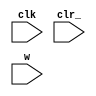
module elevatorfsm(clk, clr_, w);

    input clk, clr_;

    // The input for floors, is a 3 bit input
    input [2:0] w;

    // Represents current and new states
    reg [2:0] y, Y;

    // Each of our states for the floors of elevator
    // Ground Floor, Floor 2, Floor 3, Floor 4
    localparam A=3'b001, B=3'b010, C=3'b011, D=3'b100;
    always @(w,y)
        case (y)
            A: if (w == A) Y = A;
               else if (w == B)
                    begin
                        stop = 1'b0;
                        direction = 1'b1;
                        start = 1'b1;
                        if (count == 4'b0011)
                            begin
                                stop = 1'b1;
                                start = 1'b0;
                                Y = B;
                            end
                    end
                else if (w == C) Y = C;
                else Y = D;
            B: if (w == A) Y = A;
               else if (w == B) Y = B;
               else if (w == C) Y = C;
               else Y = D;
            C: if (w == A) Y = A;
               else if (w == B) Y = B;
               else if (w == C) Y = C;
               else Y = D;
            D: if (w == A) Y = A;
               else if (w == B) Y = B;
               else if (w == C) Y = C;
               else Y = D;
            default: Y = A;
    endcase

always @(negedge SW[3],  posedge CLOCK_50)
    if (!SW[3]) y <= A;
    else y<= Y;

endmodule